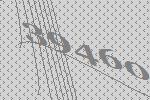
39460